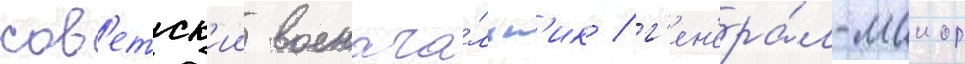
сов'етск'ии военача́льн'ик / г'ен'ера́л-маиор